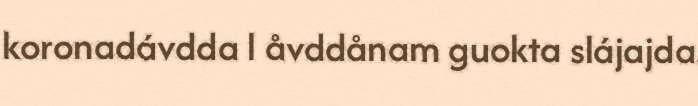
koronadávdda l åvddånam guokta slájajda.